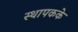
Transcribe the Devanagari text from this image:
स्थापकके